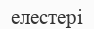
елестері